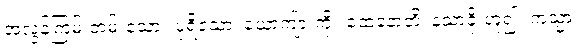
အလွန်ကြမ်းတမ်းသော။ ပုရိသော၊ ယောကျ်ားကို။ ထေနောတိ၊ နံ့သာခိုးဟူ၍။ ကသ္မာ၊